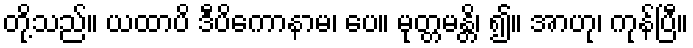
တို့သည်။ ယထာပိ ဒီပိကောနာမ၊ ပေ။ မုတ္တမန္တိ၊ ၍။ အာဟု၊ ကုန်ပြီ။